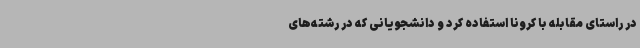
در راستای مقابله با کرونا استفاده کرد و دانشجویانی که در رشته‌های